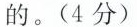
的。(4分)